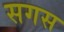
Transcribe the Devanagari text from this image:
सगस